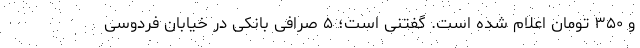
و ۳۵۰ تومان اعلام شده است. گفتنی است؛ ۵ صرافی بانکی در خیابان فردوسی